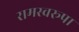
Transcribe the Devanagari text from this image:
रामस्वरूपा